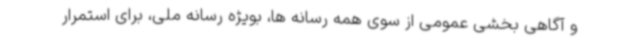
و آگاهی بخشی عمومی از سوی همه رسانه ها، بویژه رسانه ملی، برای استمرار